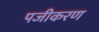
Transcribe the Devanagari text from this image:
पजीकरण